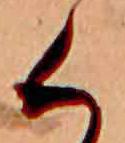
く